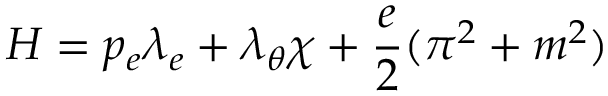
H = p _ { e } \lambda _ { e } + \lambda _ { \theta } \chi + \frac { e } { 2 } ( \pi ^ { 2 } + m ^ { 2 } )